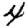
Digit: 4